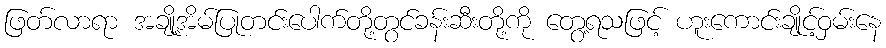
ဖြတ်လာရာ အချို့အိမ်ပြုတင်းပေါက်တို့တွင်ခန်းဆီးတို့ကို တွေ့ရသဖြင့် ဟူးကောင်းချိုင့်ဝှမ်းနေ